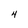
Character: 4